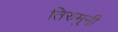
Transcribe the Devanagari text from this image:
तिरुमुनी